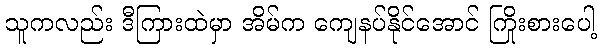
သူကလည်း ဒီကြားထဲမှာ အိမ်က ကျေနပ်နိုင်အောင် ကြိုးစားပေါ့